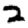
Digit: 2